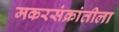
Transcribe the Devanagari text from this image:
मकरसंक्रांतीला